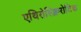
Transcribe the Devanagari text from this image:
एथिरोस्क्लिरोटिक